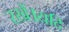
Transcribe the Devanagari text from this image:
रखें।यदि